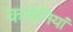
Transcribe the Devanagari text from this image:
करोनियां